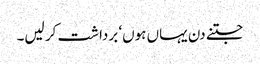
جتنے دن یہاں ہوں‘ برداشت کر لیں۔